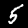
Digit: 5